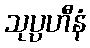
သုပ္ပဟီနံ